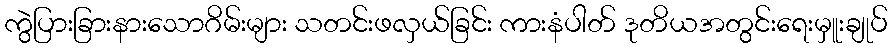
ကွဲပြားခြားနားသောဂိမ်းများ သတင်းဖလှယ်ခြင်း ကားနံပါတ် ဒုတိယအတွင်းရေးမှူးချုပ်